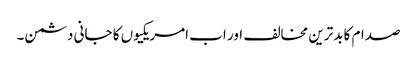
صدام کا بدترین مخالف اور اب امریکیوں کا جانی دشمن۔